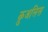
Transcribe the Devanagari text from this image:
क़ुअलिस